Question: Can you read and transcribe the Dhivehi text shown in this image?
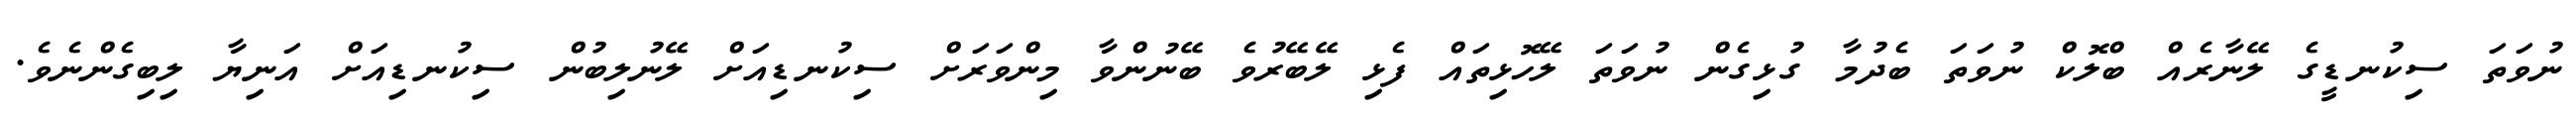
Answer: ނުވަތަ ސިކުނޑީގެ ލޭނާރެއް ބްލޮކް ނުވަތަ ބެދުމާ ގުޅިގެން ނުވަތަ ލޭހޮޅިތައް ފެޅި ލޭބޭރުވެ ބޭނުންވާ މިންވަރަށް ސިކުނޑިއަށް ލޭނުލިބުން ސިކުނޑިއަށް އަނިޔާ ލިބިގެންނެވެ.